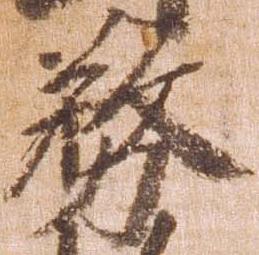
務